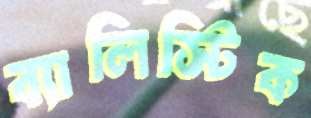
ব্যালিস্টিক